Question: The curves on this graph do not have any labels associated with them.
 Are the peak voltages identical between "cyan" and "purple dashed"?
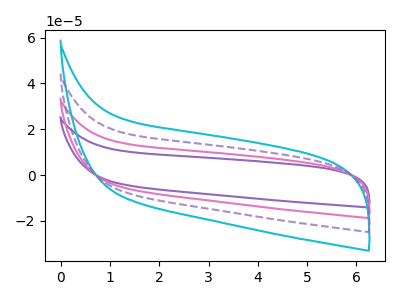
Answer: <think>The purple curve "purple" has no peaks. The pink curve "pink" has no peaks. The cyan curve "cyan" has no peaks. The purple dashed curve "purple dashed" has no peaks.</think>
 <answer>Niether CV has any peaks.</answer>
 <eval>blanks</eval>